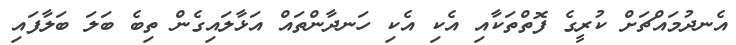
އެނދުމައްޗަށް ކުރީގެ ފޮތްތަކާއި އެކި އެކި ހަނދާންތައް އަޅާލައިގެން ތިބެ ބަލަ ބަލާފައި